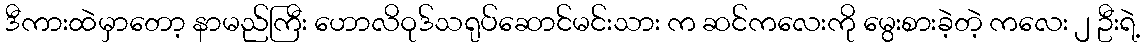
ဒီကားထဲမှာတော့ နာမည်ကြီး ဟောလိဝုဒ်သရုပ်ဆောင်မင်းသား က ဆင်ကလေးကို မွေးစားခဲ့တဲ့ ကလေး ၂ ဦးရဲ့